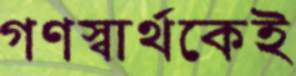
গণস্বার্থকেই